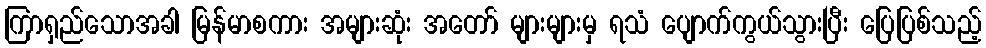
ကြာရှည်သောအခါ မြန်မာစကား အများဆုံး အတော် များများမှ ရသံ ပျောက်ကွယ်သွားပြီး ပြေပြစ်သည့်